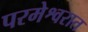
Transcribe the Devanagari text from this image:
परमेश्वरात